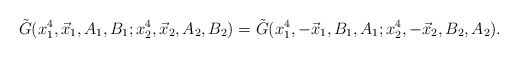
\begin{align*}\tilde{G}(x_1^4,\vec{x}_1, A_1, B_1; x_2^4,\vec{x}_2, A_2, B_2) =\tilde{G}(x_1^4,-\vec{x}_1, B_1, A_1; x_2^4,-\vec{x}_2, B_2, A_2).\end{align*}